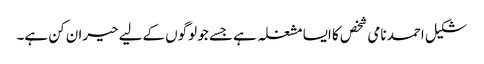
شکیل احمد نامی شخص کا ایسا مشغلہ ہے جسے جو لوگوں کےلیے حیران کن ہے۔